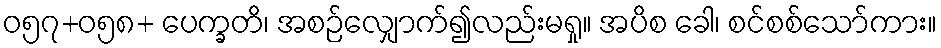
ဝ၅၇+၀၅၈+ ပေက္ခတိ၊ အစဉ်လျှောက်၍လည်းမရှု။ အပိစ ခေါ၊ စင်စစ်သော်ကား။